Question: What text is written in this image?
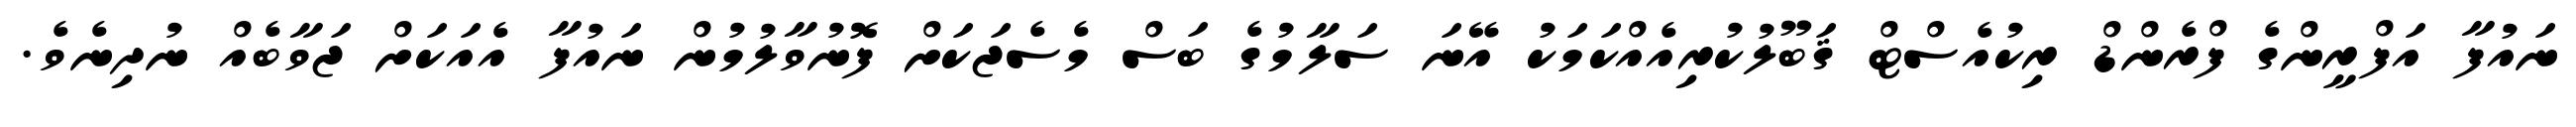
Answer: ނައުފާ އަފްރީންގެ ފްރެންޑް ރިކުއެސްޓް ޤަބޫލުކުރިއެއްކަމަކު އޭނަ ސަލާމުގެ ބަސް މެސެޖަކަށް ފޮނުވާލުމުން ނައުފާ އެއަކަށް ޖަވާބެއް ނުދިނެވެ.